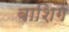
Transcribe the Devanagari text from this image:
बाशिंगे